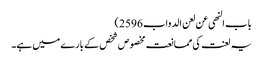
باب النھی عن لعن الدواب 2596)
یہ لعنت کی ممانعت مخصوص شخص کے بارے میں ہے۔